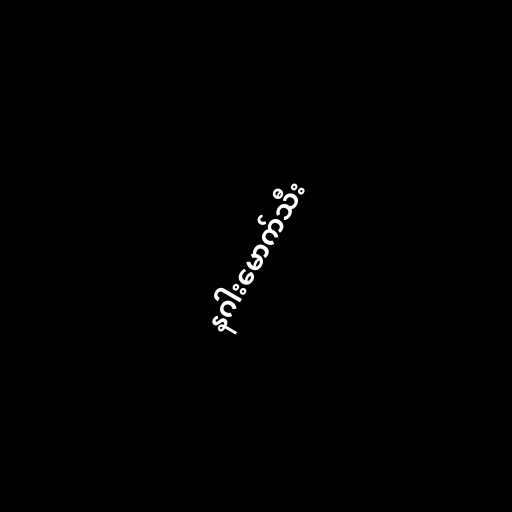
နဂါးမောက်သီး